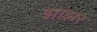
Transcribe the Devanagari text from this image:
झांझर